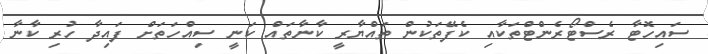
ސައިހޮޓާ ރެސްޓޯރެންޓްތަކާއި ކެފޭތަކުން ތައްޔާރީ ކާނާތައް ކަނީ ސިއްހަތަށް ފައިދާ ހުރި ކާނާ